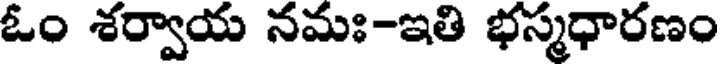
ఓం శర్వాయ నమః-ఇతి భస్మధారణం